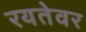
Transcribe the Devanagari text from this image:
रयतेवर